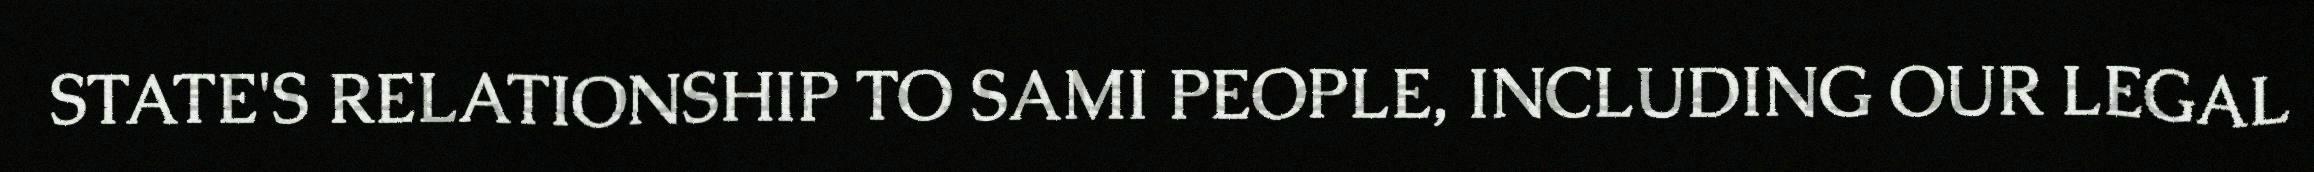
STATE'S RELATIONSHIP TO SAMI PEOPLE, INCLUDING OUR LEGAL